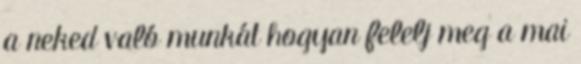
a neked való munkát hogyan felelj meg a mai